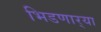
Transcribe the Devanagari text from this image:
भिडणार्‍या